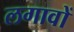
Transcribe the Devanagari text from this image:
लगावों